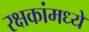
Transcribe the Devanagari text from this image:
रक्षकांमध्ये